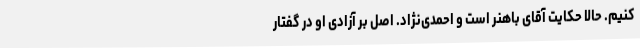
کنیم. حالا حکایت آقای باهنر است و احمدی‌نژاد. اصل بر آزادی او در گفتار